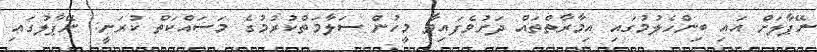
ނޭޕާލަށް އައި ބިންހެލުމުގައި އިމާރާތްތައް ދަށުވެފައިވާ މީހުން ސަލާމަތްކުރުމުގެ މަސައްކަތް ކުރަނީ: ނޭޕާލުގައި